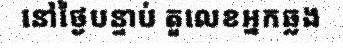
នៅថ្ងៃបន្ទាប់ តួលេខអ្នកឆ្លង